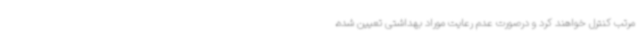
مرتب کنترل خواهند کرد و درصورت عدم رعایت موراد بهداشتی تعیین شده،